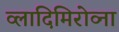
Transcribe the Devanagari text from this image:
व्लादिमिरोव्ना